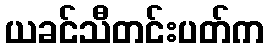
ယခင်သီတင်းပတ်က